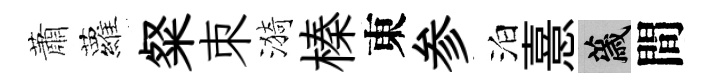
蕭蘿粲朿漪榛東参泊憙薉間